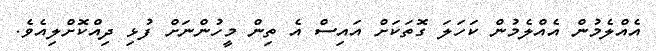
އެއްލެމުން އެއްލެމުން ކަހަލަ ގޮތަކަށް އައިސް އެ ތިން މީހުންނަށް ފުޅި ދިއްކޮށްލިއެވެ.